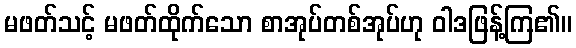
မဖတ်သင့် မဖတ်ထိုက်သော စာအုပ်တစ်အုပ်ဟု ဝါဒဖြန့်ကြ၏။